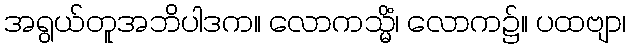
အရွယ်တူအဘိပါဒက။ လောကသ္မိံ၊ လောက၌။ ပထဗျာ၊